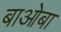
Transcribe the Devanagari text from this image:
बाओबा